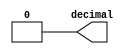
module hex_to_7seg_DP(decimal);
	
	output decimal;
	
	wire decimal;
	assign decimal = 1'b0;

endmodule